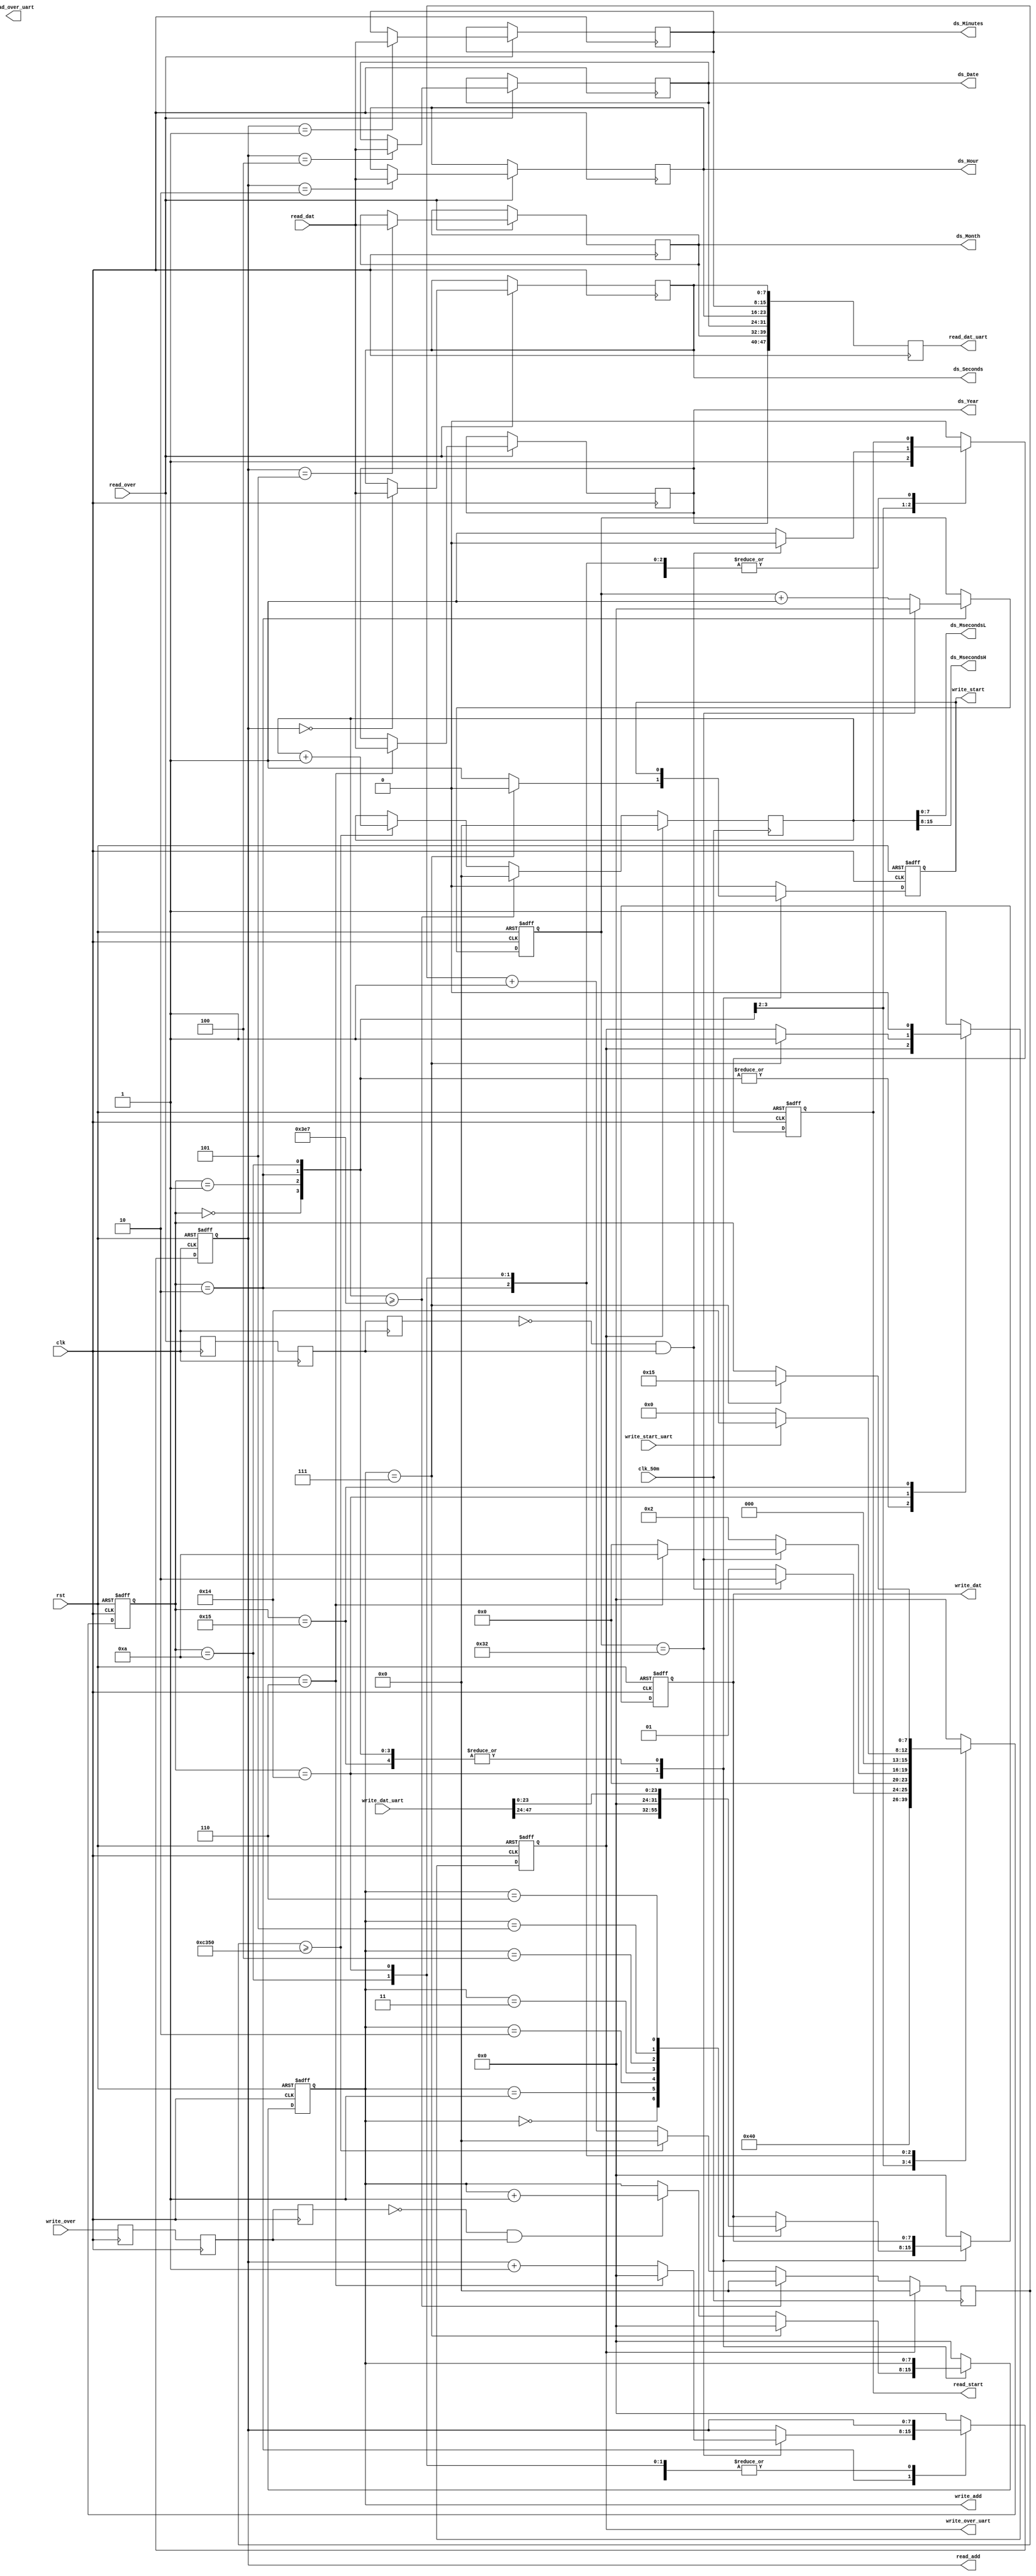
module ds3231_control
	(
		input rst,
		input clk,
		input clk_50m,
		
		input write_start_uart,
		output reg write_over_uart,
		input [47:0]write_dat_uart,
		
		output reg[47:0]read_dat_uart,
		output wire read_over_uart,
		
		output reg write_start,
		input write_over,
		output reg[7:0]write_add,
		output reg [7:0]write_dat,
		
		output reg read_start,
		input read_over,
		output reg [7:0]read_add,
		input [7:0]read_dat,

		output wire [7:0]ds_MsecondsL,		
		output wire [7:0]ds_MsecondsH,
		output wire [7:0]ds_Seconds,
		output wire [7:0]ds_Minutes,
		output wire [7:0]ds_Hour,
		output wire [7:0]ds_Date,
		output wire [7:0]ds_Month,
		output wire [7:0]ds_Year);

wire 	pos_write_start_uart,neg_write_start_uart;
reg write_start_uart_r0,write_start_uart_r1,write_start_uart_r2;
always@(posedge clk)
	begin
		write_start_uart_r0<=write_start_uart;
		write_start_uart_r1<=write_start_uart_r0;
		write_start_uart_r2<=write_start_uart_r1;
	end

assign pos_write_start_uart=(~write_start_uart_r2)&write_start_uart_r1;
assign neg_write_start_uart=write_start_uart_r2&(~write_start_uart_r1);   

wire 	pos_read_over,neg_read_over;
wire 	pos_write_over,neg_write_over;
reg read_over_r0,read_over_r1,read_over_r2;
reg write_over_r0,write_over_r1,write_over_r2;
always@(posedge clk)
	begin
		read_over_r0<=read_over;
		read_over_r1<=read_over_r0;
		read_over_r2<=read_over_r1;
		write_over_r0<=write_over;
		write_over_r1<=write_over_r0;
		write_over_r2<=write_over_r1;
	end

assign pos_read_over=(~read_over_r2)&read_over_r1;
assign neg_read_over=read_over_r2&(~read_over_r1);   
assign pos_write_over=(~write_over_r2)&write_over_r1;
assign neg_write_over=write_over_r2&(~write_over_r1); 

assign ds_Seconds 	=read_temp_00;
assign ds_Minutes 	=read_temp_01;
assign ds_Hour    	=read_temp_02;
assign ds_Date    	=read_temp_04;
assign ds_Month   	=read_temp_05;
assign ds_Year    	=read_temp_06;	
assign ds_MsecondsH  =msecond_r[15:8];
assign ds_MsecondsL  =msecond_r[ 7:0];	

reg [15:0]timecnt,msecond_r;
always @ (posedge clk_50m)
begin
	if(write_over_uart)
		begin
			msecond_r<=0;
			timecnt<=0;
		end
	else
		begin
			if(msecond_r>=999)
				begin
					msecond_r<=0;
					timecnt<=0;
				end
			else
				begin
					if(timecnt>=50_000)//50_000*20ns=1ms--50Mhz clock
						begin
							timecnt<=0;
							msecond_r<=msecond_r+1;
						end
					else
						begin
							msecond_r<=msecond_r;
							timecnt<=timecnt+1;
						end
				end
		end
end
														
(* syn_preserve = 1 *) reg [7:0]read_temp_00=0;
(* syn_preserve = 1 *) reg [7:0]read_temp_01=0;
(* syn_preserve = 1 *) reg [7:0]read_temp_02=0;
(* syn_preserve = 1 *) reg [7:0]read_temp_03=0;
(* syn_preserve = 1 *) reg [7:0]read_temp_04=0;
(* syn_preserve = 1 *) reg [7:0]read_temp_05=0;
(* syn_preserve = 1 *) reg [7:0]read_temp_06=0;

 always @ (posedge clk)
	begin
		read_dat_uart <={read_temp_06,read_temp_05,read_temp_04,read_temp_02,read_temp_01,read_temp_00};
		if(read_over)
			begin
				case(read_add)
					0:read_temp_00<=read_dat;
					1:read_temp_01<=read_dat;
					2:read_temp_02<=read_dat;
					3:read_temp_03<=read_dat;
					4:read_temp_04<=read_dat;
					5:read_temp_05<=read_dat;
					6:read_temp_06<=read_dat;
					default:
						begin
							read_temp_00<=read_temp_00;
							read_temp_01<=read_temp_01;
							read_temp_02<=read_temp_02;
							read_temp_03<=read_temp_03;
							read_temp_04<=read_temp_04;
							read_temp_05<=read_temp_05;
							read_temp_06<=read_temp_06;
						end
				endcase		
			end
		else
			begin
				read_temp_00<=read_temp_00;
				read_temp_01<=read_temp_01;
				read_temp_02<=read_temp_02;
				read_temp_03<=read_temp_03;
				read_temp_04<=read_temp_04;
				read_temp_05<=read_temp_05;
				read_temp_06<=read_temp_06;
			end
	end
 
 
 wire [7:0]write_temp_00=write_dat_uart[47:40];
 wire [7:0]write_temp_01=write_dat_uart[39:32];
 wire [7:0]write_temp_02=write_dat_uart[31:24];
 wire [7:0]write_temp_03=0;
 wire [7:0]write_temp_04=write_dat_uart[23:16];
 wire [7:0]write_temp_05=write_dat_uart[15:08];
 wire [7:0]write_temp_06=write_dat_uart[07:00];


reg[7:0] read_intercnt,write_intercnt;
(* syn_preserve = 1 *)reg[7:0]control_state;
	always @ (posedge clk or posedge rst)	
		begin
			if(rst)
				begin
					control_state<=0;
					read_add		 <=0;
					read_start	 <=0;
					write_add	 <=0;
					write_dat	 <=0;
					write_start	 <=0;
					write_over_uart<=0;
					read_intercnt<=0;
				end
			else
				begin
					case (control_state)
						0://read
							begin
								read_start	<=1'b1;
								control_state<=1;
							end	
						1:
							begin
								if(pos_read_over)
									begin
										read_start	 <=1'b0;
										control_state<=2;
										
									end
								else
									begin
										read_start	 <=1'b1;
										control_state<=1;
									end
							end
						2:
							begin
								if(read_intercnt==50)
									begin
										read_intercnt<=0;
										if(read_add==6)
											begin
												read_add		 <=0;
												control_state<=10;
											end
										else 
											begin
												read_add<=read_add+1;
												control_state<=0;
											end
									end
								else 
									begin
										read_intercnt<=read_intercnt+1;
										control_state<=2;
									end
							end
						10://detect
							begin
								if(write_start_uart)control_state<=20;
								else control_state<=0;
							end
						20://write
							begin
								write_add	<=0;
									case(write_add)
										0:write_dat<=write_temp_00;
										1:write_dat<=write_temp_01;
										2:write_dat<=write_temp_02;
										3:write_dat<=write_temp_03;
										4:write_dat<=write_temp_04;
										5:write_dat<=write_temp_05;
										6:write_dat<=write_temp_06;
										default:write_dat<=write_dat;
									endcase
								write_start	<=1'b1;
								if(write_add==7)
									begin
										write_add	 <=0;
										write_start	 <=1'b0;
										control_state<=21;
										write_over_uart<=1;
									end
								else if(pos_write_over)write_add<=write_add+1;
								else write_add<=write_add;
							end
						21:
							begin
								control_state<=0;
								write_over_uart<=0;
							end
						
						default:
							begin
								control_state<=0;
								read_add		 <=0;
								read_start	 <=0;
								write_add	 <=0;
								write_dat	 <=0;
								write_start	 <=0;
								write_over_uart<=1;
							end
					endcase
				end
		end
							
endmodule